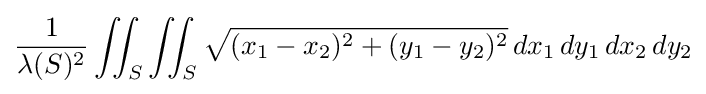
{\frac {1}{\lambda (S)^{2}}}\iint _{S}\iint _{S}{\sqrt {(x_{1}-x_{2})^{2}+(y_{1}-y_{2})^{2}}}\,dx_{1}\,dy_{1}\,dx_{2}\,dy_{2}